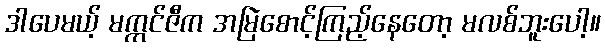
ဒါပေမယ့် မက္ကင်ဇီက အမြဲစောင့်ကြည့်နေတော့ မလစ်ဘူးပေါ့။